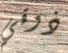
ذوقي